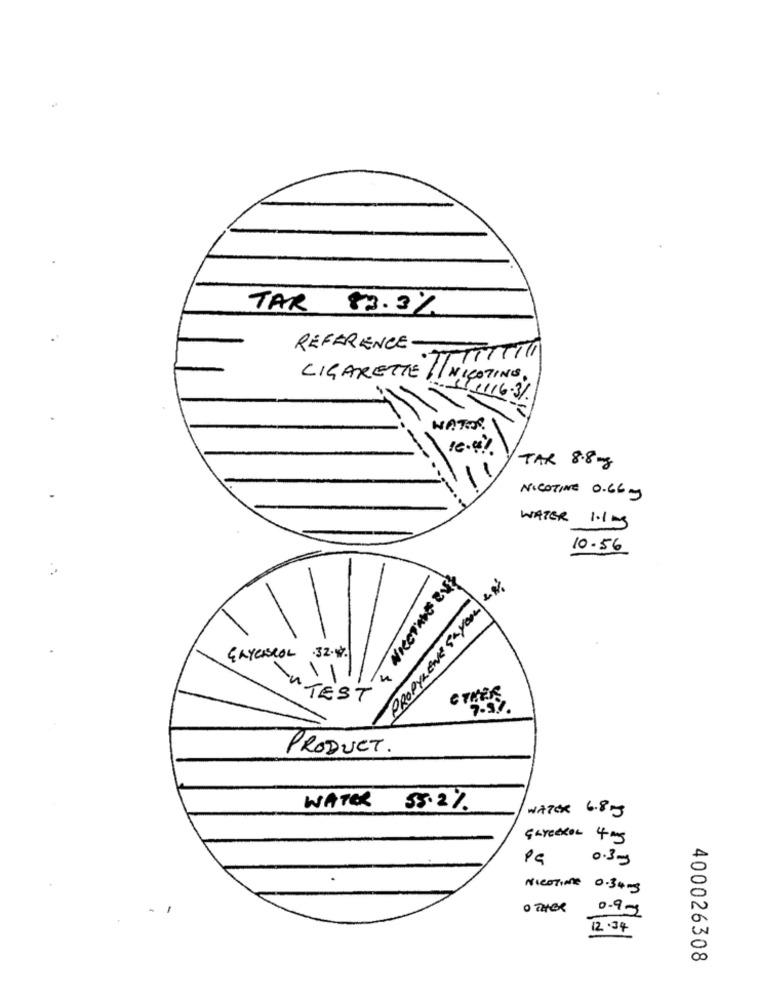
TAR
83.3%
REFERENCE -
CIGARETTE // NICOTINE,
11.1116.31
NATOS.
TAX 8.8 mg
-
-
NICOTINE 0.66 g
WATER 1.1 mg
10.56
PROPYLENE sayou &#
GRYCABROL .32.4%
TEST
7.59
PRODUCT.
WATER
55.2%
WATER 6.8 g
Gareexon 4 mg
PG
0.3mg
Nicotine 0.3+mg
O THEX
0.9-g
12.34
400026308